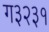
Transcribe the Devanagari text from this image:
ग३२३१